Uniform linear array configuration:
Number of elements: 64
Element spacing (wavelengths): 1
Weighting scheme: hann
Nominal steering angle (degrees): -30
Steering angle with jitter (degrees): -30.813
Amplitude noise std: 0.05
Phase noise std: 0.05

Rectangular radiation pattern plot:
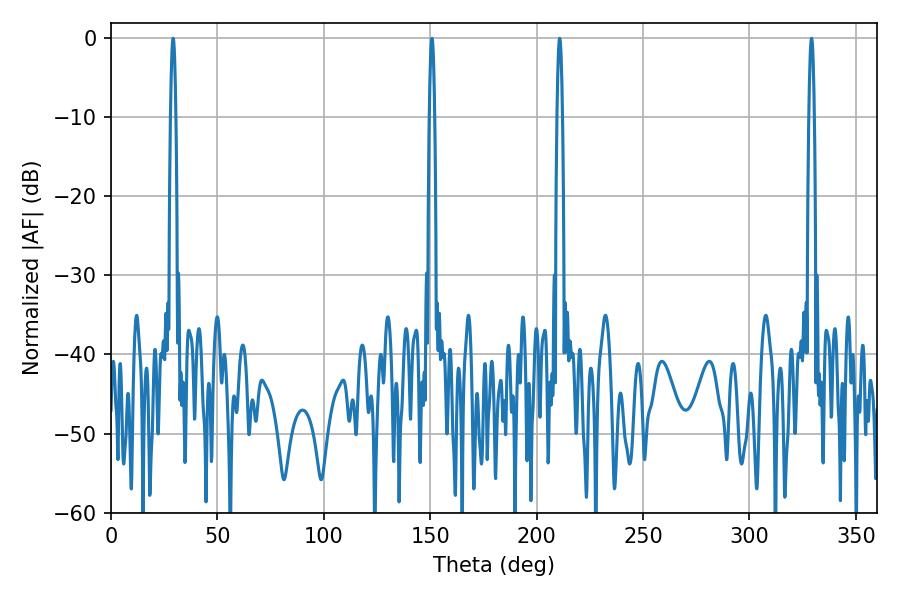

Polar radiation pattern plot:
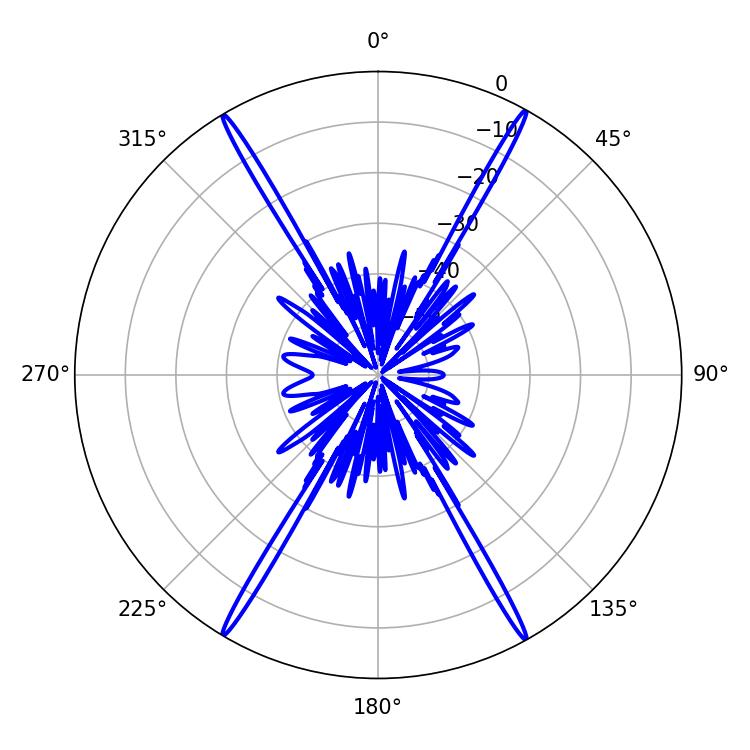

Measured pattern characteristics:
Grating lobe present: TRUE
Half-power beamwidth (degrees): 1.26
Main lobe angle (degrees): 29.16